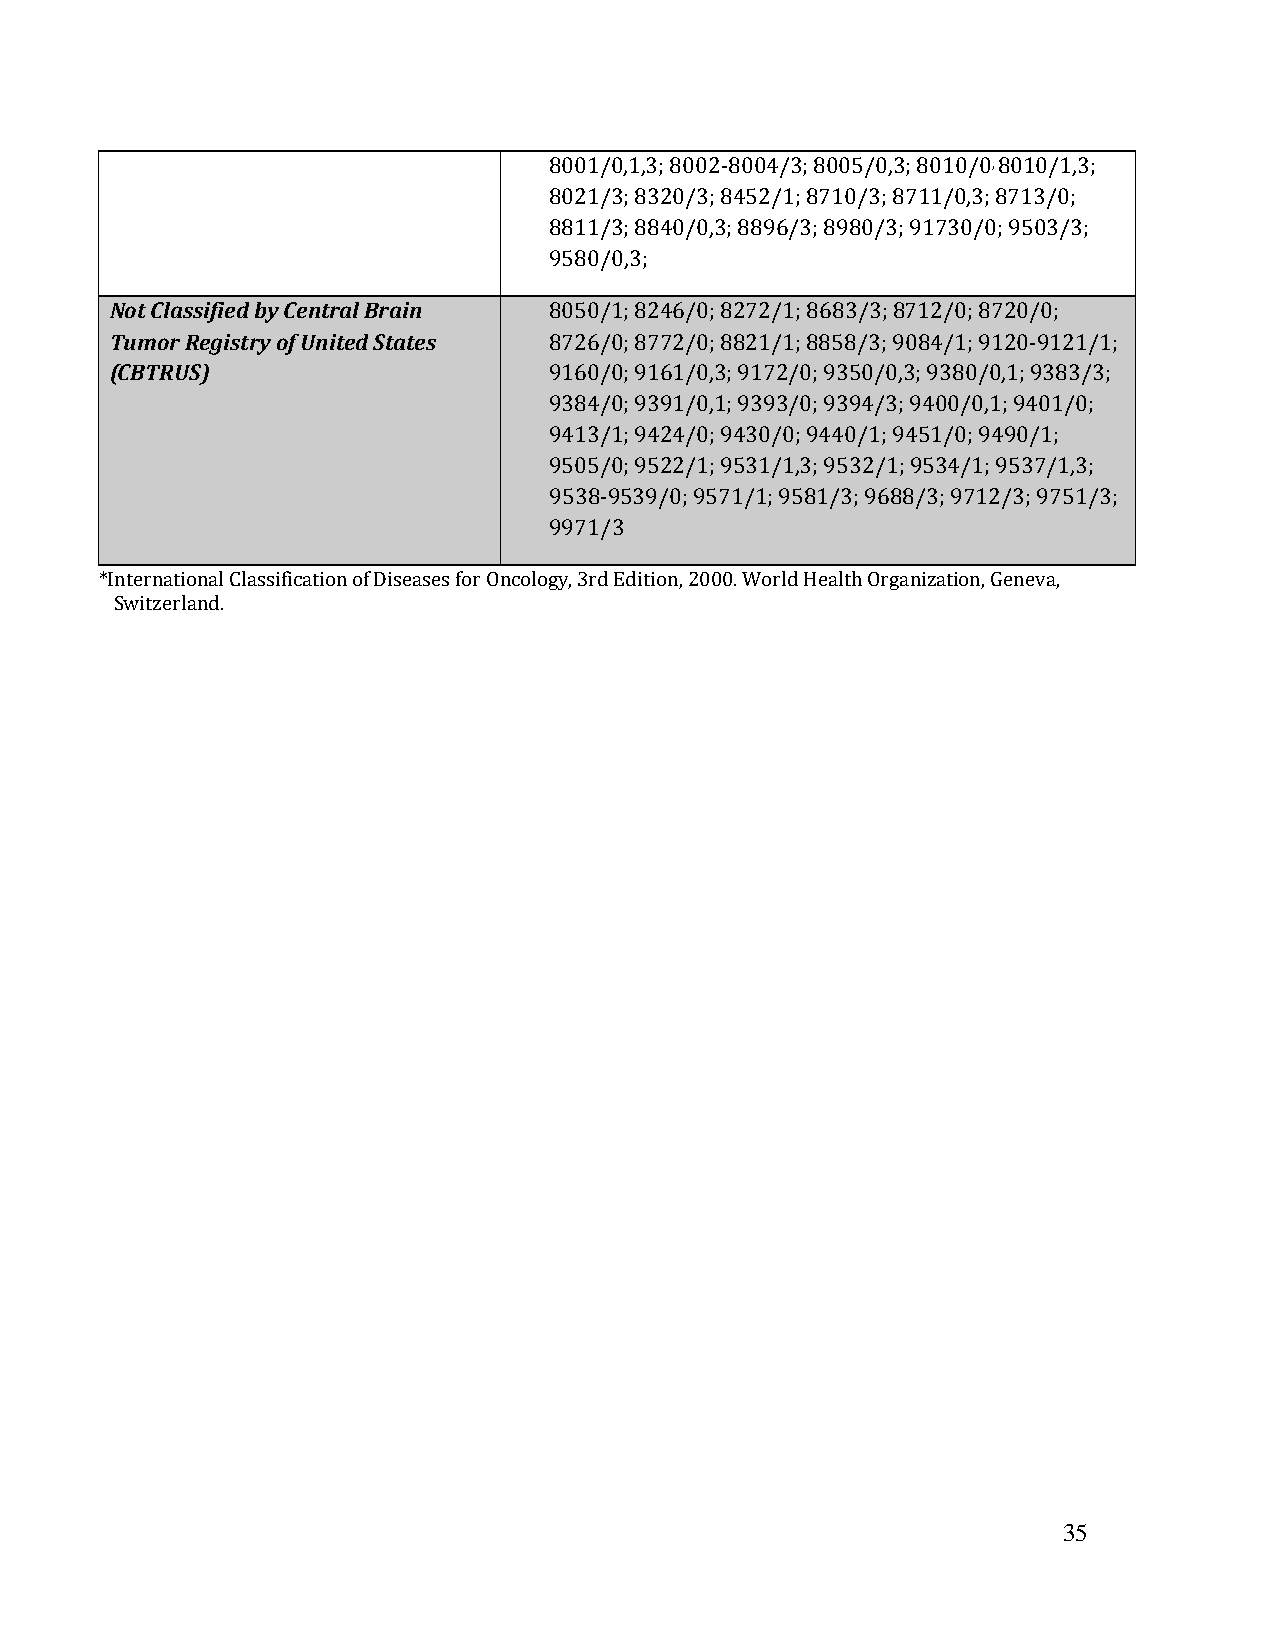
8001/0,1,3; 8002-8004/3; 8005/0,3; 8010/0, 8010/1,3;
 8021/3; 8320/3; 8452/1; 8710/3; 8711/0,3; 8713/0;
 8811/3; 8840/0,3; 8896/3; 8980/3; 91730/0; 9503/3;
 9580/0,3;
 Not Classified by Central Brain 8050/1; 8246/0; 8272/1; 8683/3; 8712/0; 8720/0;
 Tumor Registry of United States 8726/0; 8772/0; 8821/1; 8858/3; 9084/1; 9120-9121/1;
 (CBTRUS)                     9160/0; 9161/0,3; 9172/0; 9350/0,3; 9380/0,1; 9383/3;
 9384/0; 9391/0,1; 9393/0; 9394/3; 9400/0,1; 9401/0;
 9413/1; 9424/0; 9430/0; 9440/1; 9451/0; 9490/1;
 9505/0; 9522/1; 9531/1,3; 9532/1; 9534/1; 9537/1,3;
 9538-9539/0; 9571/1; 9581/3; 9688/3; 9712/3; 9751/3;
 9971/3
 *International Classification of Diseases for Oncology, 3rd Edition, 2000. World Health Organization, Geneva,
 Switzerland.
 35